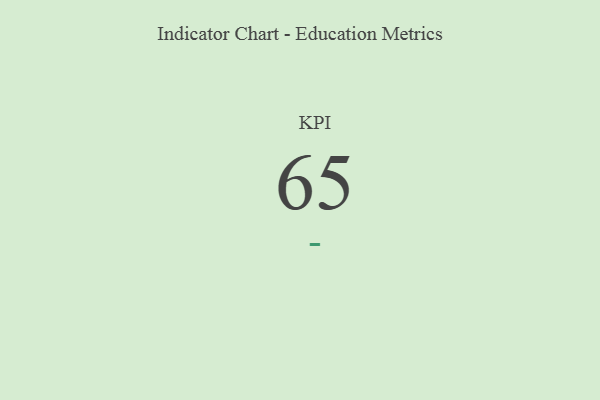
{"axis": {"x": "KPI", "y": "Value"}, "legend": [""], "data": [{"x": "KPI", "y": 65, "type": ""}]}